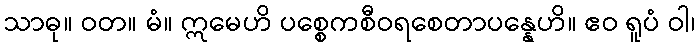
သာဓု။ ဝတ။ မံ။ ဣမေဟိ ပစ္စေကစီဝရစေတာပန္နေဟိ။ ဧဝ ရူပံ ဝါ၊